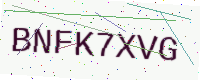
Text: BNFK7XVG